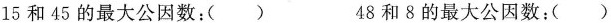
15和45的最大公因数：() 48和8的最大公因数：()